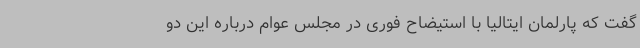
گفت که پارلمان ایتالیا با استیضاح فوری در مجلس عوام درباره این دو